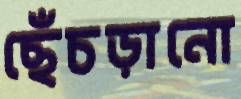
ছেঁচড়ানো